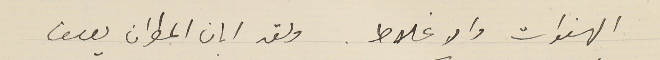
الهفوات والاغلاط. ولقد ابان المطران يوسف